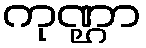
ကုဏ္ဌာ